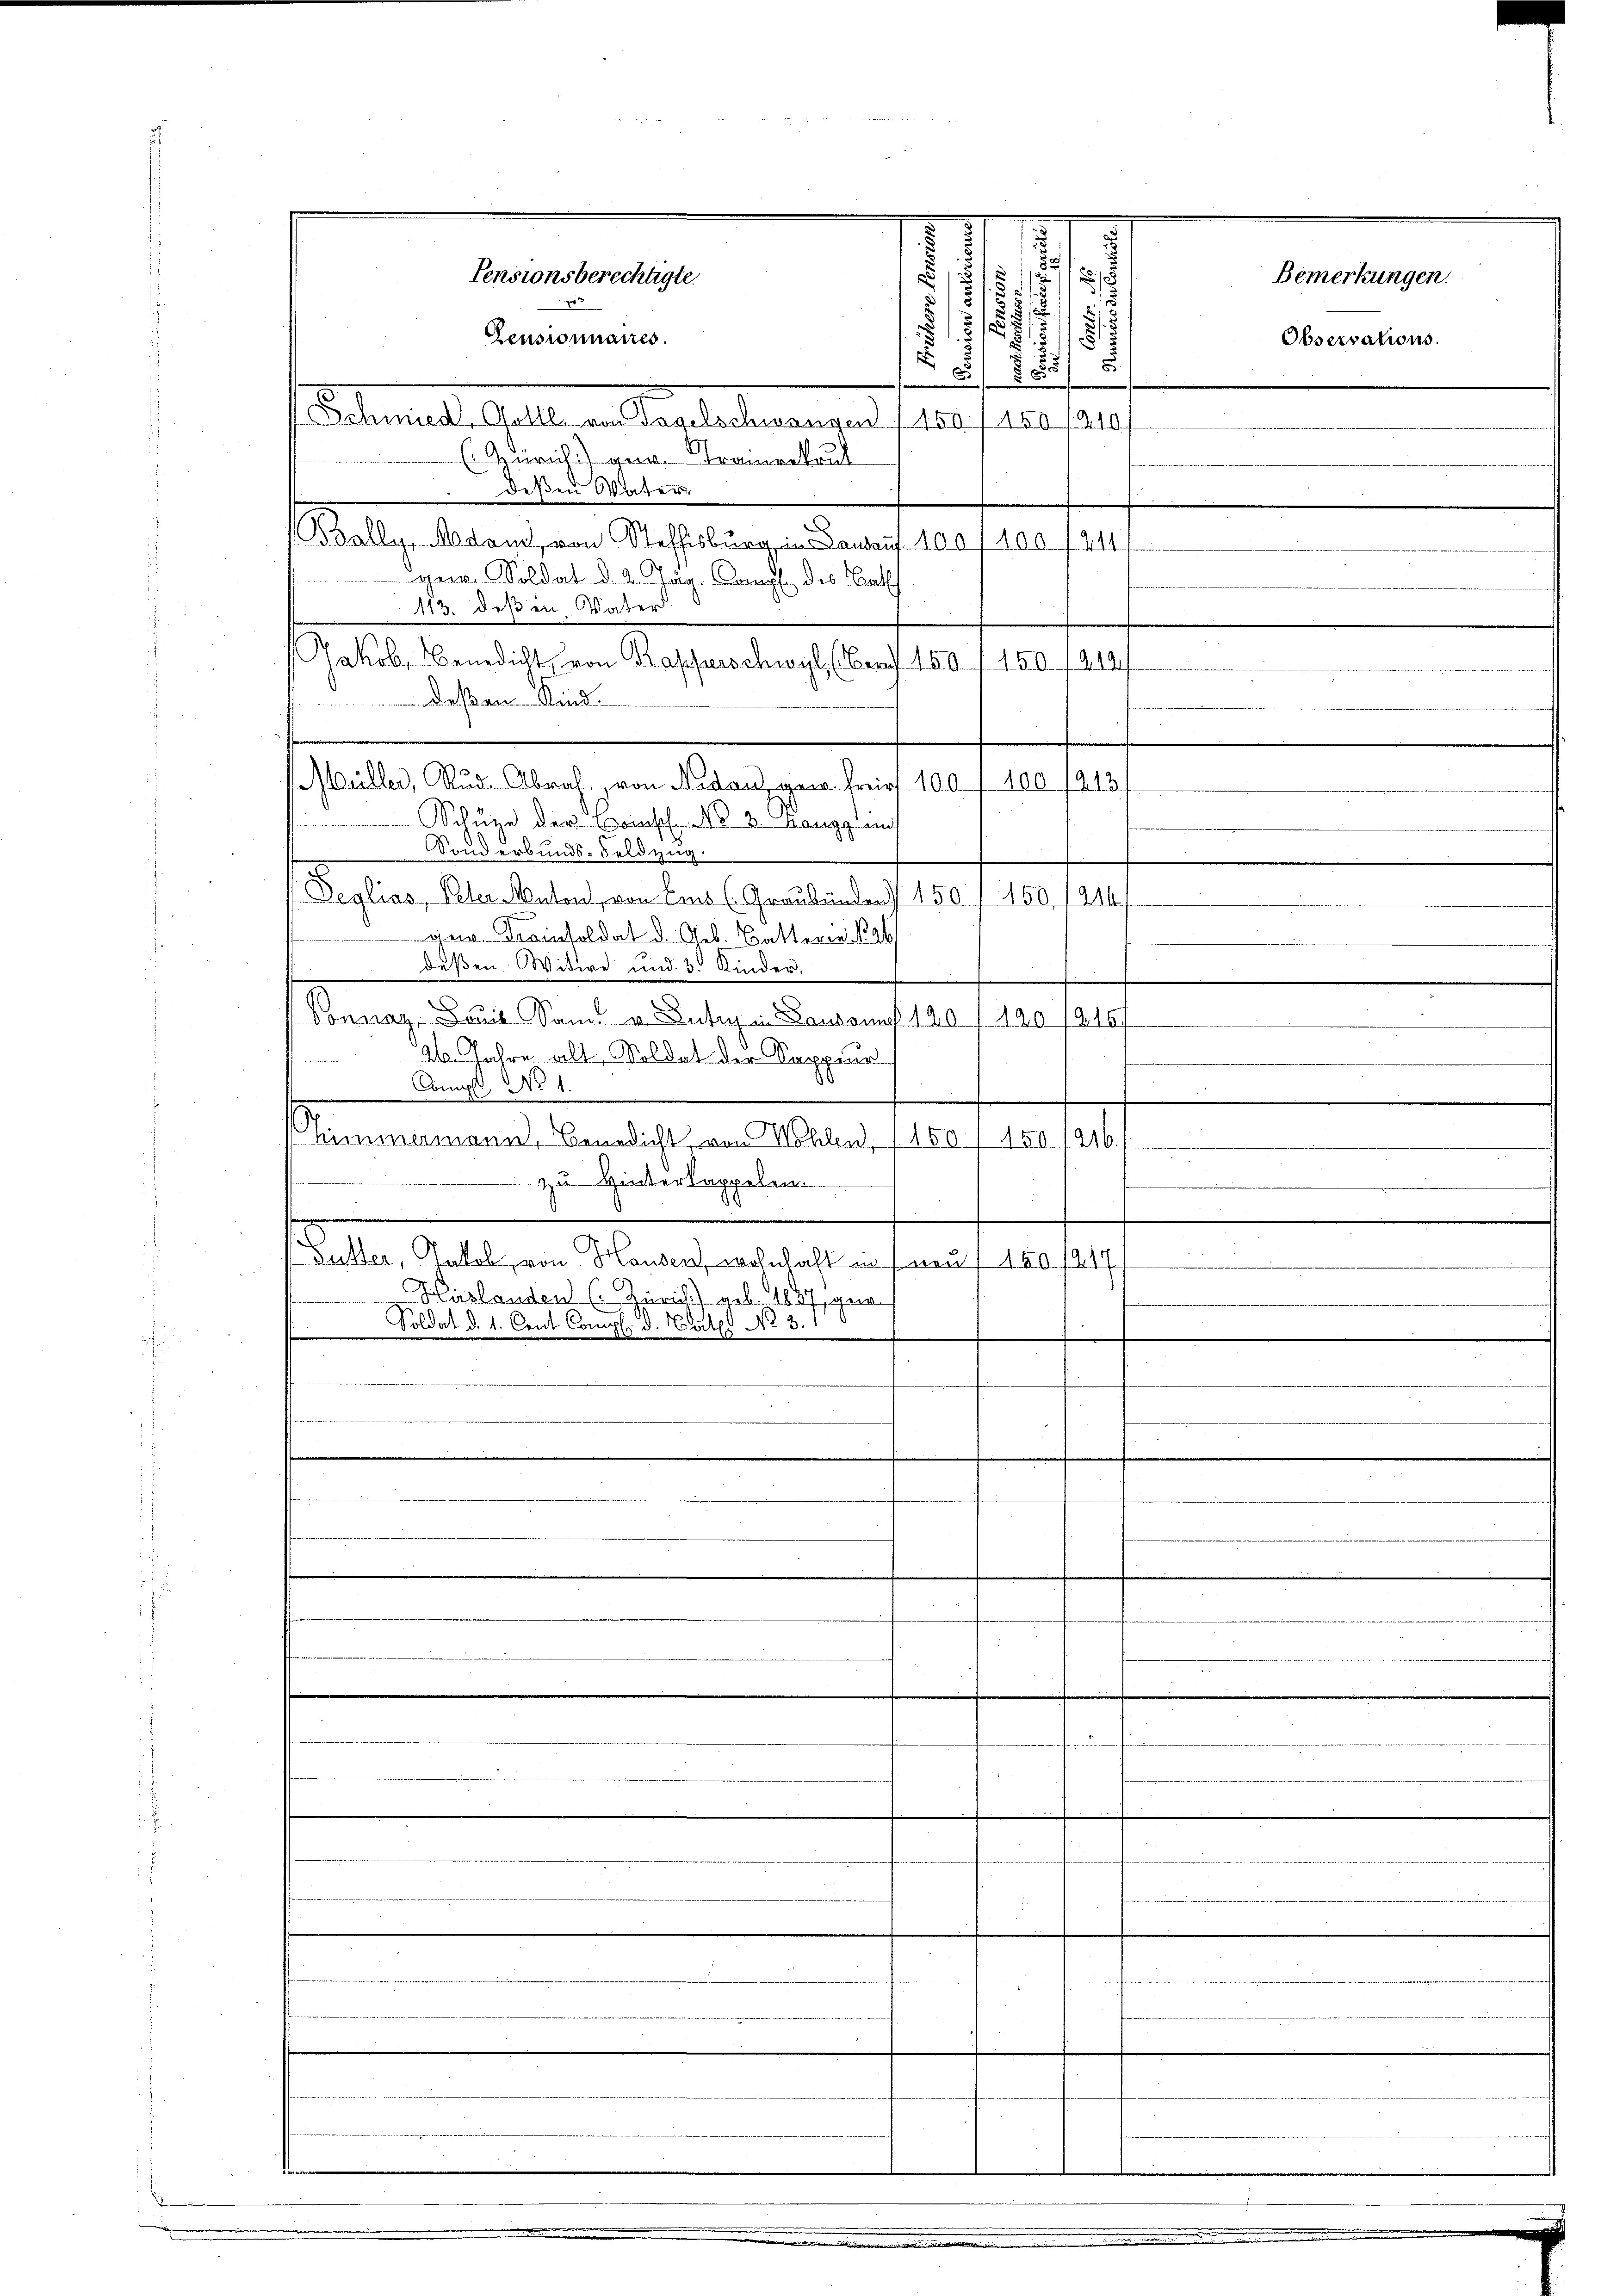
Zensionnaires.
Schnet. Galle an des lesen angen 113, 10
(Zürich) ange Trainrekrul
Deßen Vater
.
(Bally, Adam, von Steffisburg in Darauf 1007 400. f. 441
gew. Soldat d. 2. Täg. Comp. des Nath
113. deßen Vater
Jakob Benedicht von Rapperschwyl (Bern 150 f 150
1
 deßen Kind
Müller, Rud. Abrat, von Nidau, gar freie 100. 1100. 1213,
Schüze der Brinsch No. 3. Janggling
e
Sonderbunds-Feldzug.
Dealias, Peter Anton, von Eis (Graubünden 150 f 100.
1914
 Krainsoldat d. Geb. Buttern N. 26
deßen Witwe und 3. Kinder.
Vonnaz, Louis Saml v. Luter in Loskauf 140. 1920 1815/
26. Jahre alt, Soldat der Sappeur
Eng No 1.
.
Himmermann, Benedicht von Mehlen, 1150/ 450 /2101
zu Hinterkappelen.
.
Sutter, Jakob, von Hausen, wohnhaft in neu, 160 /217/
Hirslanden (Zürich geb. 1887, ge-
Soldat d. 1. Cent Compl. d. Cates No 3. 1
e

e

Pensionsberechtigte.

.
2
8
1/27/
s
13
i
t
§ 55
E

Observations.

e
f

Bemerkungen.